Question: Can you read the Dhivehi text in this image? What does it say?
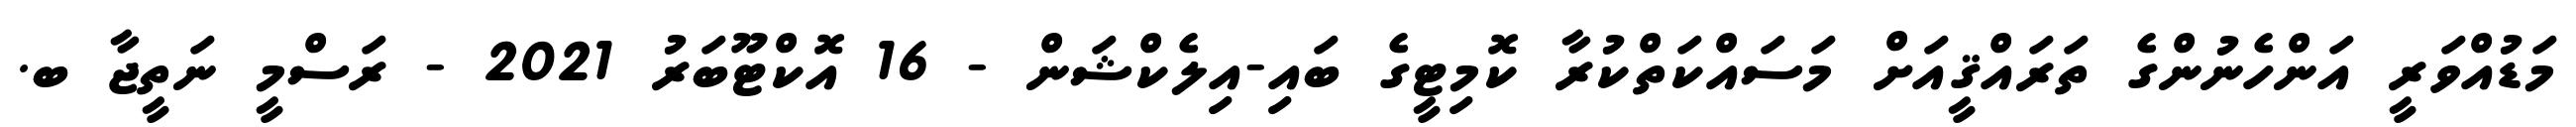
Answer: މަޑުއްވަރީ އަންހެނުންގެ ތަރައްޤީއަށް މަސައްކަތްކުރާ ކޮމިޓީގެ ބައި-އިލެކްޝަން - 16 އޮކްޓޫބަރު 2021 - ރަސްމީ ނަތީޖާ ބ.